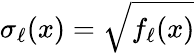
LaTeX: \sigma_{\ell}(x)=\sqrt{f_{\ell}(x)}